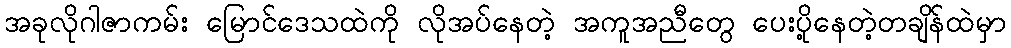
အခုလိုဂါဇာကမ်း မြောင်ဒေသထဲကို လိုအပ်နေတဲ့ အကူအညီတွေ ပေးပို့နေတဲ့တချိန်ထဲမှာ